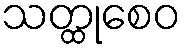
သတ္ထုစေဝ